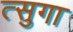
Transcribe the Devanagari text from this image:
त्सुगा